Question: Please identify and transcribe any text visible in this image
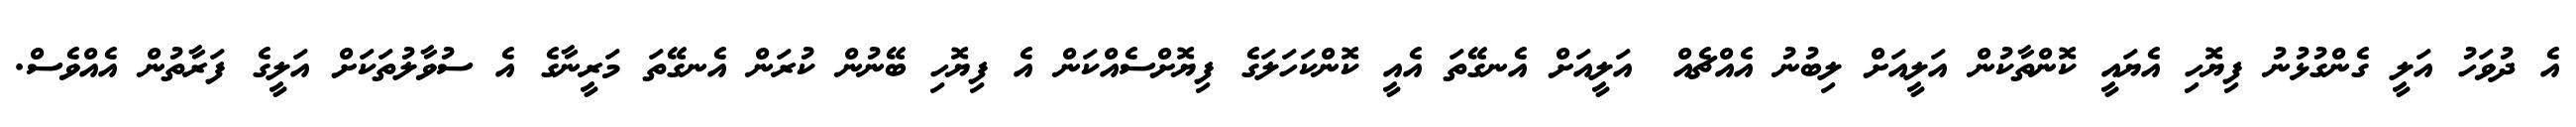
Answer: އެ ދުވަހު އަލީ ގެންގުޅުނު ފިޔޮހި އެޔައީ ކޮންތާކުން އަލީއަށް ލިބުނު އެއްޗެއް? އަލީއަށް އެނގޭތަ އެއީ ކޮންކަހަލަގެ ފިޔޮށްސެއްކަން އެ ފިޔޮހި ބޭނުން ކުރަން އެނގޭތަ މަރީނާގެ އެ ސުވާލުތަކަށް އަލީގެ ފަރާތުން އެއްވެސް.